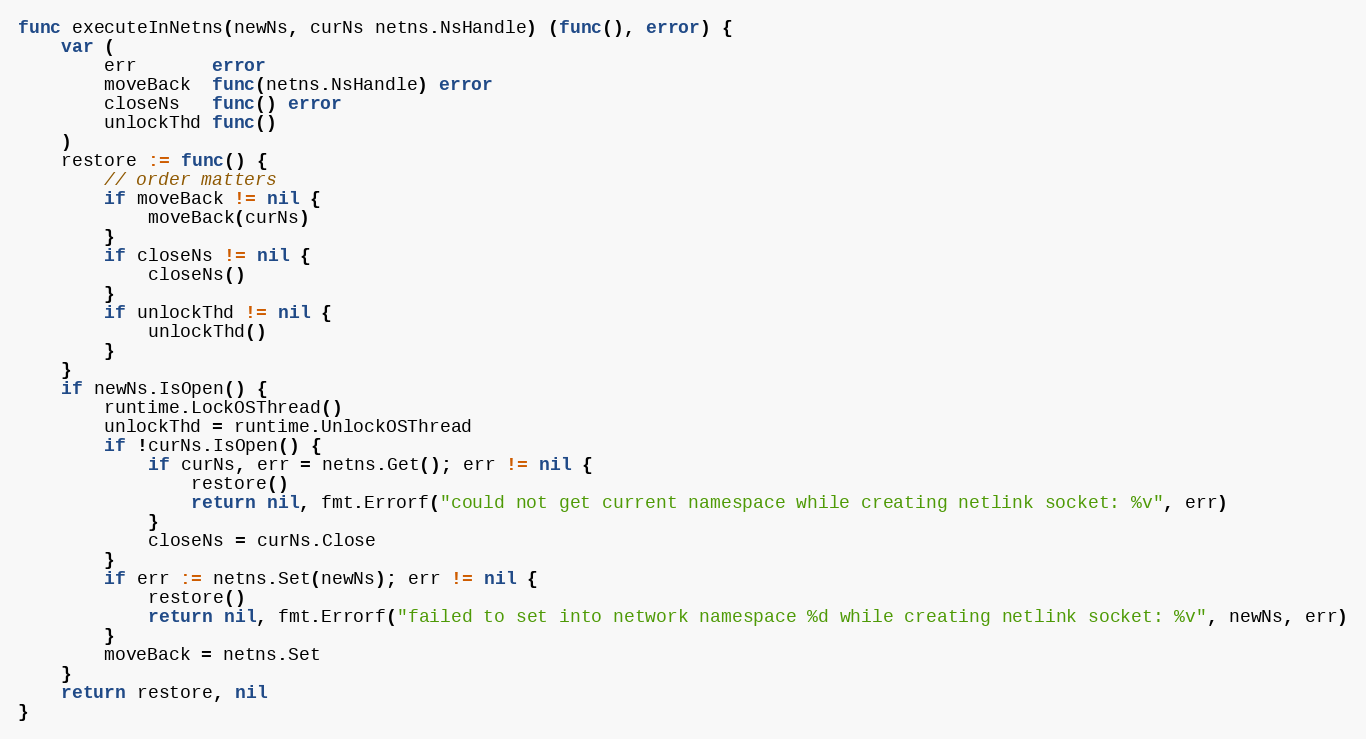
Language: Go
func executeInNetns(newNs, curNs netns.NsHandle) (func(), error) {
	var (
		err       error
		moveBack  func(netns.NsHandle) error
		closeNs   func() error
		unlockThd func()
	)
	restore := func() {
		// order matters
		if moveBack != nil {
			moveBack(curNs)
		}
		if closeNs != nil {
			closeNs()
		}
		if unlockThd != nil {
			unlockThd()
		}
	}
	if newNs.IsOpen() {
		runtime.LockOSThread()
		unlockThd = runtime.UnlockOSThread
		if !curNs.IsOpen() {
			if curNs, err = netns.Get(); err != nil {
				restore()
				return nil, fmt.Errorf("could not get current namespace while creating netlink socket: %v", err)
			}
			closeNs = curNs.Close
		}
		if err := netns.Set(newNs); err != nil {
			restore()
			return nil, fmt.Errorf("failed to set into network namespace %d while creating netlink socket: %v", newNs, err)
		}
		moveBack = netns.Set
	}
	return restore, nil
}